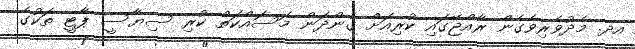
އދ. މެދުވެރިވެގެން ރާއްޖޭގައި ކުރިއަށް ގެންދަން މަސައްކަތް ކުރި ސިޔާސީ ޕާޓީ ތަކުގެ